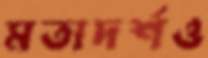
মতাদর্শও